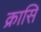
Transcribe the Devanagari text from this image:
क्रासि